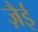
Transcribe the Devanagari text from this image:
ज़ैई